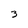
Character: 3